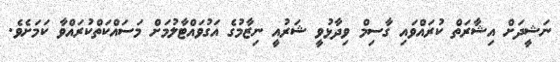
ނަޝީދަށް އިޝާރަތް ކުރައްވައި ގާސިމް ވިދާޅުވީ ޝަރުއީ ނިޒާމުގެ އަގުވައްޓާލުމަށް މަސައްކަތްކުރައްވާ ކަމަށެވެ.